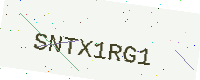
Text: SNTX1RG1